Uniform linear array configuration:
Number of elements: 4
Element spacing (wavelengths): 0.25
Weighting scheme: uniform
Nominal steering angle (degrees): -45
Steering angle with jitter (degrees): -44.622
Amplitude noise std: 0.05
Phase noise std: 0.05

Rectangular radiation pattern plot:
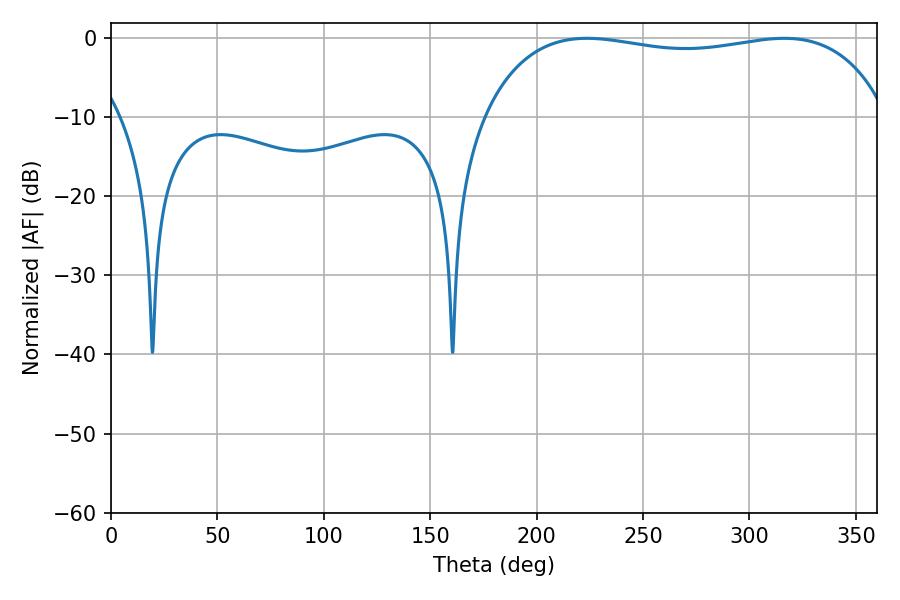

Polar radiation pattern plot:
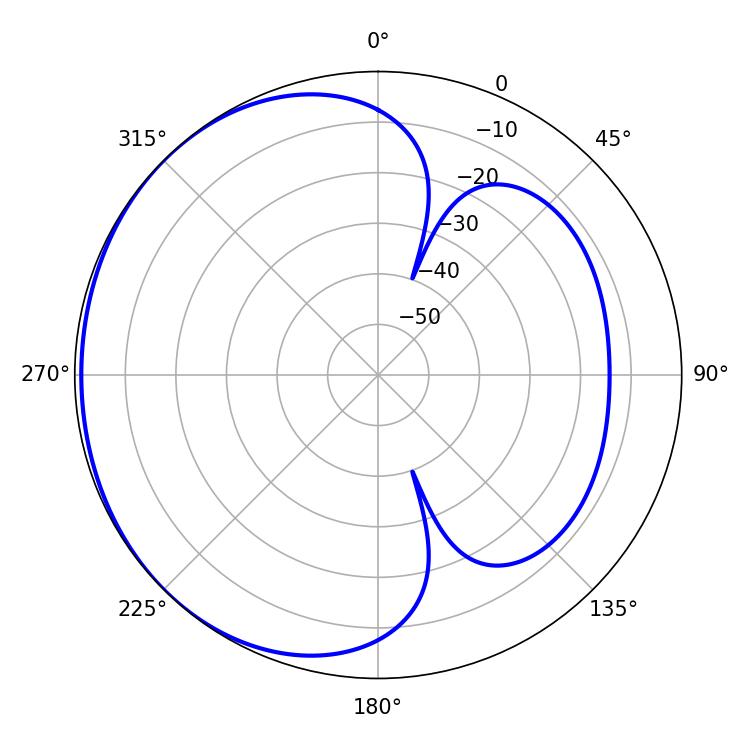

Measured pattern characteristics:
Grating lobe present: FALSE
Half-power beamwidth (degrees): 153.36
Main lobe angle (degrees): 223.56